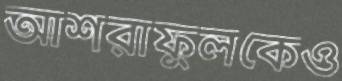
আশরাফুলকেও